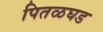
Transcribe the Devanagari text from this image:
पितळघड